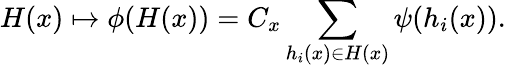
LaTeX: H(x)\mapsto\phi(H(x))=C_{x}\sum_{h_{i}(x)\in H(x)}\psi(h_{i}(x)).